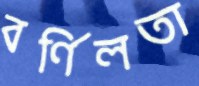
বর্ণিলতা